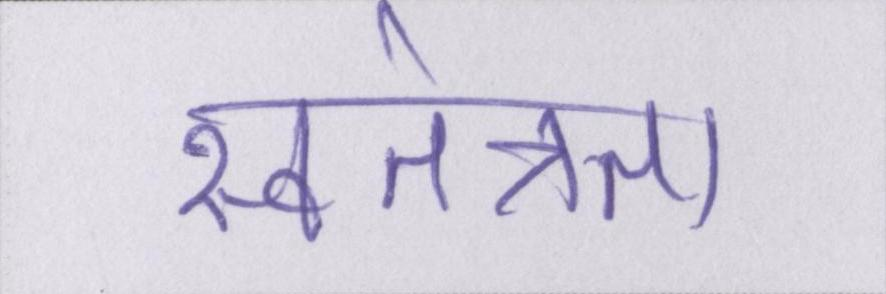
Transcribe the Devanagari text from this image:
स्वतंत्रता